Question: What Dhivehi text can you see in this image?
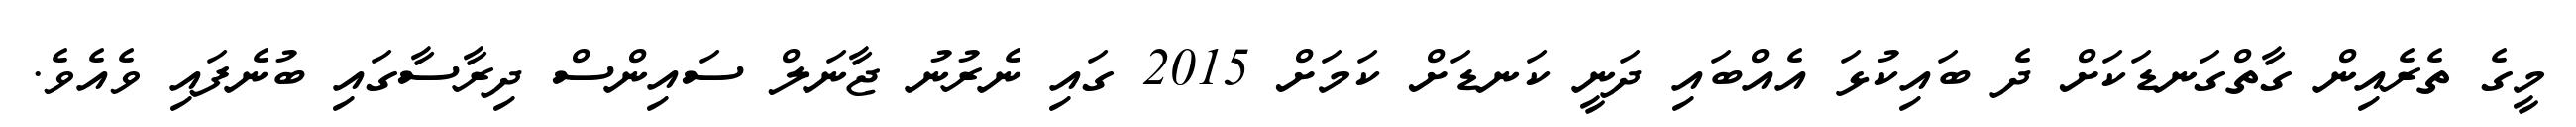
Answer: މީގެ ތެރެއިން ގާތްގަނޑަކަށް ދެ ބައިކުޅަ އެއްބައި ދަނީ ކަނޑަށް ކަމަށް 2015 ގައި ނެރުނު ޖާނަލް ސައިންސް ދިރާސާގައި ބުނެފައި ވެއެވެ.